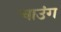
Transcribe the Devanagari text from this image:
चाउंग